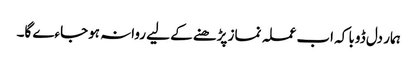
ہمار دل ڈوبا کہ اب عملہ نماز پڑھنے کے لیے روانہ ہوجاءے گا۔